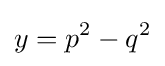
y=p^{2}-q^{2}